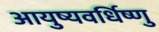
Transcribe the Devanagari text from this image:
आयुष्यवर्धिष्णु